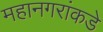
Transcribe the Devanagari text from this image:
महानगरांकडे